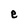
Character: e